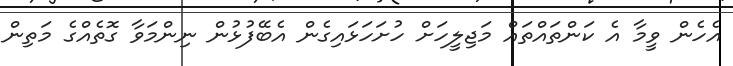
އެހެން ވީމާ އެ ކަންތައްތައް މަޖިލީހަށް ހުށަހަޅައިގެން އެބޭފުޅުން ނިންމަވާ ގޮތެއްގެ މަތިން